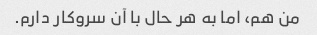
من هم، اما به هر حال با آن سروکار دارم.